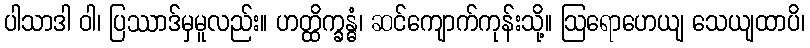
ပါသာဒါ ဝါ၊ ပြဿာဒ်မှမူလည်း။ ဟတ္ထိက္ခန္ဓံ၊ ဆင်ကျောက်ကုန်းသို့။ ဩရောဟေယျ သေယျထာပိ၊